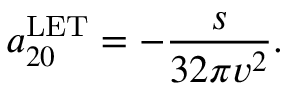
a _ { 2 0 } ^ { \mathrm { L E T } } = - { \frac { s } { 3 2 \pi v ^ { 2 } } } .